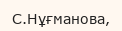
С.Нұғманова,